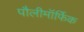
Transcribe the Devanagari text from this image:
पौलीमॉर्फिक